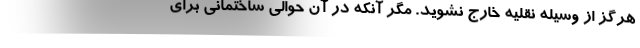
هرگز از وسیله نقلیه خارج نشوید. مگر آنکه در آن حوالی ساختمانی برای